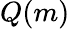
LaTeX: Q(m)